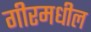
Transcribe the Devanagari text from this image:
गीरमधील